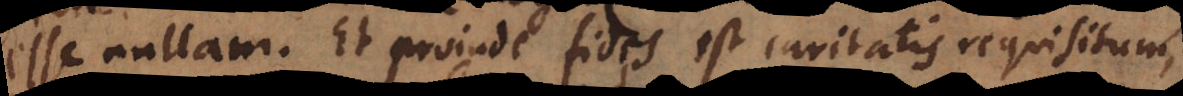
esse nullam. Et proinde fides est caritatis requisitum,